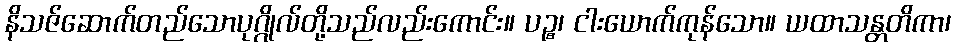
နိသဇ်ဆောက်တည်သောပုဂ္ဂိုလ်တို့သည်လည်းကောင်း။ ပဉ္စ၊ ငါးယောက်ကုန်သော။ ယထာသန္တတိကာ၊